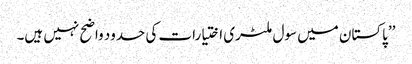
’’پاکستان میں سول ملٹری اختیارات کی حدود واضح نہیں ہیں۔